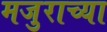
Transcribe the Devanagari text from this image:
मजुराच्या